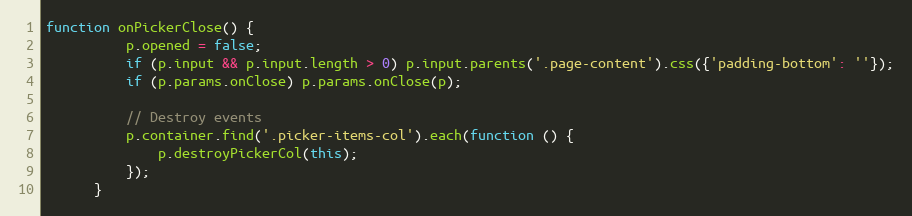
Language: JavaScript
function onPickerClose() {
          p.opened = false;
          if (p.input && p.input.length > 0) p.input.parents('.page-content').css({'padding-bottom': ''});
          if (p.params.onClose) p.params.onClose(p);

          // Destroy events
          p.container.find('.picker-items-col').each(function () {
              p.destroyPickerCol(this);
          });
      }